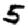
Digit: 5